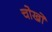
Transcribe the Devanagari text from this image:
चोखो